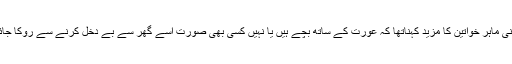
قانونی ماہر خواتین کا مزید کہناتھا کہ عورت کے ساتھ بچے ہیں یا نہیں کسی بھی صورت اسے گھر سے بے دخل کرنے سے روکا جائے ۔